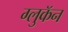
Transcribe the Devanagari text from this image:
ग्लुकॅन